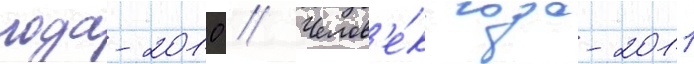
года-2010 // Челов'е́к года-2011